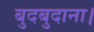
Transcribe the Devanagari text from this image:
बुदबुदाना।